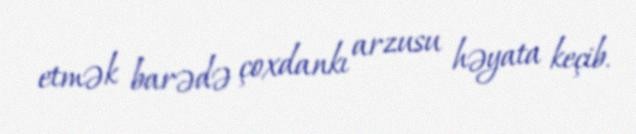
etmək barədə çoxdankı arzusu həyata keçib.